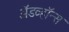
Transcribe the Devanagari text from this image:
ॲडव्हॉन्स